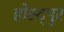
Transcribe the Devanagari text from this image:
होस्ट्पुर